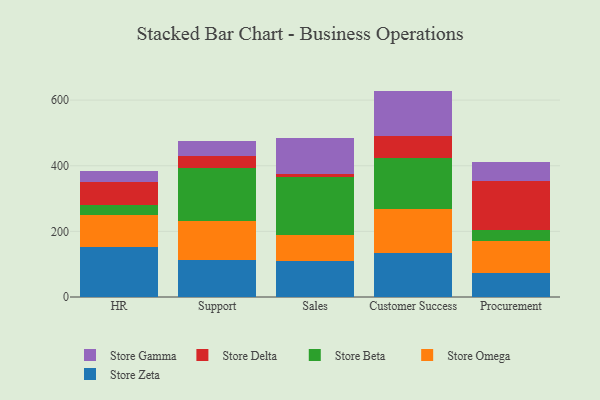
{"axis": {"x": "Department", "y": "Operating Costs (USD K)"}, "legend": ["Store Beta", "Store Delta", "Store Gamma", "Store Omega", "Store Zeta"], "data": [{"x": "HR", "y": 152.1, "type": "Store Zeta"}, {"x": "HR", "y": 98.3, "type": "Store Omega"}, {"x": "HR", "y": 31.4, "type": "Store Beta"}, {"x": "HR", "y": 68.4, "type": "Store Delta"}, {"x": "HR", "y": 34.8, "type": "Store Gamma"}, {"x": "Support", "y": 113.8, "type": "Store Zeta"}, {"x": "Support", "y": 117.6, "type": "Store Omega"}, {"x": "Support", "y": 160.7, "type": "Store Beta"}, {"x": "Support", "y": 38.8, "type": "Store Delta"}, {"x": "Support", "y": 44.5, "type": "Store Gamma"}, {"x": "Sales", "y": 108.2, "type": "Store Zeta"}, {"x": "Sales", "y": 82.0, "type": "Store Omega"}, {"x": "Sales", "y": 176.2, "type": "Store Beta"}, {"x": "Sales", "y": 9.3, "type": "Store Delta"}, {"x": "Sales", "y": 109.3, "type": "Store Gamma"}, {"x": "Customer Success", "y": 134.7, "type": "Store Zeta"}, {"x": "Customer Success", "y": 132.2, "type": "Store Omega"}, {"x": "Customer Success", "y": 155.8, "type": "Store Beta"}, {"x": "Customer Success", "y": 68.8, "type": "Store Delta"}, {"x": "Customer Success", "y": 136.7, "type": "Store Gamma"}, {"x": "Procurement", "y": 72.7, "type": "Store Zeta"}, {"x": "Procurement", "y": 97.1, "type": "Store Omega"}, {"x": "Procurement", "y": 35.2, "type": "Store Beta"}, {"x": "Procurement", "y": 149.3, "type": "Store Delta"}, {"x": "Procurement", "y": 55.7, "type": "Store Gamma"}]}